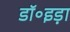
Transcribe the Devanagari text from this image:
डॉ॰इड़ा